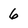
Character: 6